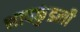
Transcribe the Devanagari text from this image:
भापकुंडली